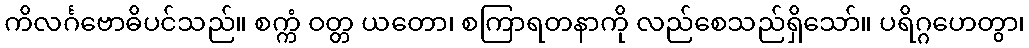
ကိလင်္ဂဗောဓိပင်သည်။ စက္ကံ ဝတ္တ ယတော၊ စကြာရတနာကို လည်စေသည်ရှိသော်။ ပရိဂ္ဂဟေတွာ၊